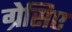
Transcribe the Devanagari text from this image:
ग्रेसिए